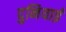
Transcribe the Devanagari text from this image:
दुनियाई